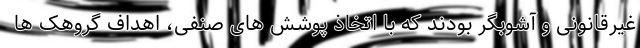
غیرقانونی و آشوبگر بودند که با اتخاذ پوشش های صنفی، اهداف گروهک ها